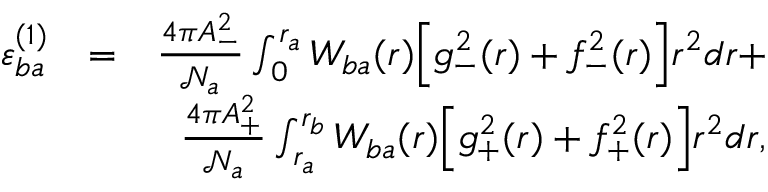
\begin{array} { r l r } { \varepsilon _ { b a } ^ { ( 1 ) } } & { = } & { \frac { 4 \pi A _ { - } ^ { 2 } } { \mathcal { N } _ { a } } \int _ { 0 } ^ { r _ { a } } W _ { b a } ( r ) \Big [ g _ { - } ^ { 2 } ( r ) + f _ { - } ^ { 2 } ( r ) \Big ] r ^ { 2 } d r + } \\ & { } & { \frac { 4 \pi A _ { + } ^ { 2 } } { \mathcal { N } _ { a } } \int _ { r _ { a } } ^ { r _ { b } } W _ { b a } ( r ) \Big [ g _ { + } ^ { 2 } ( r ) + f _ { + } ^ { 2 } ( r ) \Big ] r ^ { 2 } d r , } \end{array}